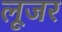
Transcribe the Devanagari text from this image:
लूजर